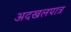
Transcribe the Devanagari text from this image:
अदखलपात्र